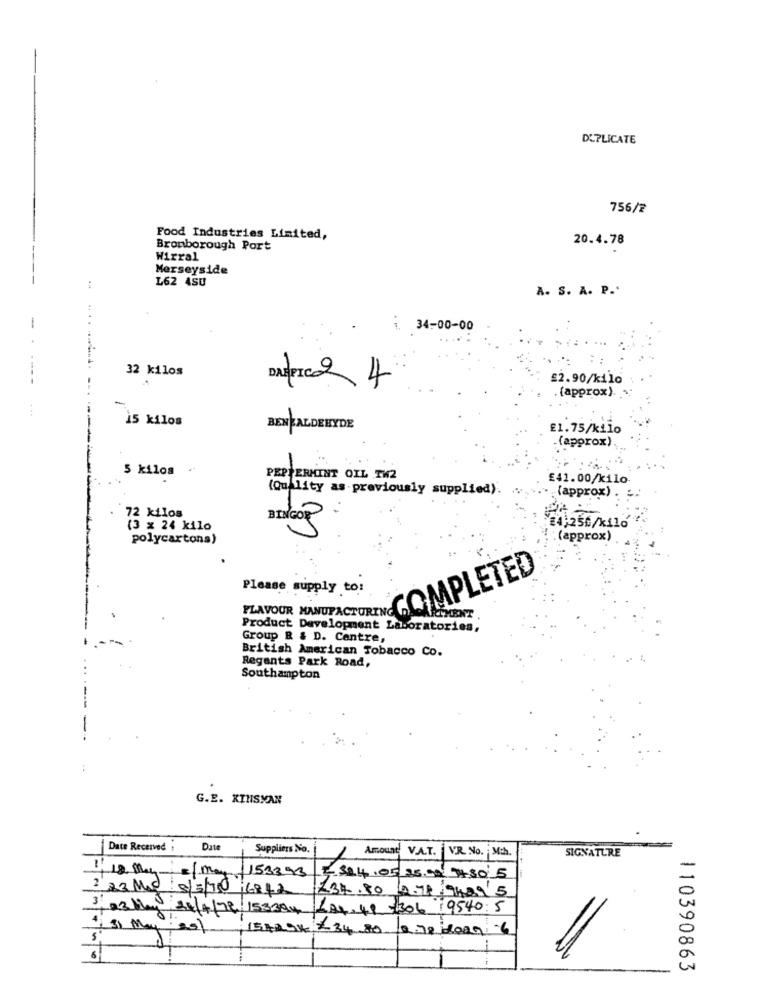
DUPLICATE
756/2
Food Industries Limited,
20.4.78
Bromborough Port
Wirral
Merseyside
L62 4SU
A. S. A. P .*
...
: 34-00-00
32 kilos
£2.90/kilo
DAPIC 2 4
. (approx).
15 kilos
BENZALDEHYDE
E1.75/kilo
.(approx),
5 kilos
PEPPERMINT OIL TW2
£41.00/kilo
(Quality as previously supplied).
(approx) .
72 kilos
BINGO
(3 x 24 kilo
24,256/kiló
polycartona)
(approx)
COMPLETED
Please supply to:
FLAVOUR MANUFACTURIN
REMENT
Product Development Laboratories,
Group R & D. Centre,
British American Tobacco Co.
Regents Park Road,
Southampton
G.E. KINSMAN
Date Received
Date
Suppliers No.
Amount V.A.T.
VR. No. Mch.
SIGNATURE
=/may
1153393
=324.05 35.00 480 5
2 23 Med 5/3/70 16842
£34.80 2.78 9489'5
3, 03May 28/4/72 153394 -24,49 -306 :9540: 5
+ 31 May 201
1542OK £34 80 2.78 loan 6
110390863